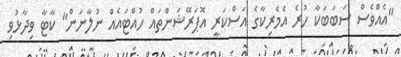
"އެއްވެސް ސަބަބަކާ ހުރެ އެމެރިކާގެ އަސްކަރީ އޮޕަރޭޝަންތައް ހުއްޓައެއް ނުލާނަން" ކާޓާ ވިދާޅުވި